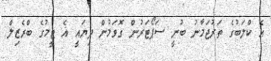
އެ ކްލަބުގެ ތަރުޖަމާނު ބުނީ ސަޕޯޓަރުން ގޮވަމުން ދިޔައީ އެ ޓީމުގެ ބްރެޒިލް